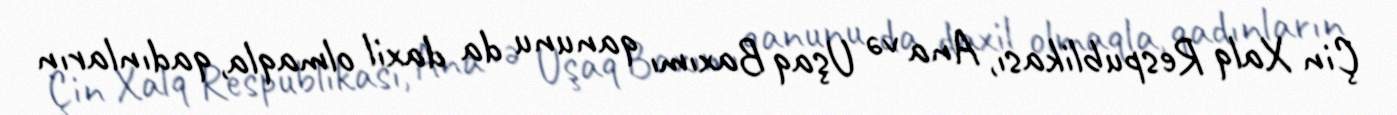
Çin Xalq Respublikası, Ana və Uşaq Baxımı qanunu da daxil olmaqla, qadınların